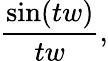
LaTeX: {\frac{\sin(tw)}{tw}},